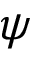
\psi